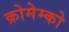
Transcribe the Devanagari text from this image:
क्रोमेम्को